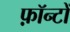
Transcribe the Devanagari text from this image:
फ़ॉन्टों